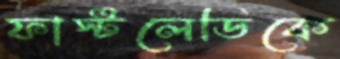
ফার্স্টলেডিকে